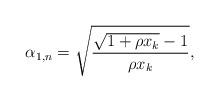
LaTeX: \begin{align*}\alpha_{1,n} = \sqrt{\frac{\sqrt{1+\rho x_k} -1}{\rho x_k}}, \end{align*}